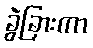
ခွဲခြားကာ